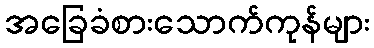
အခြေခံစားသောက်ကုန်များ